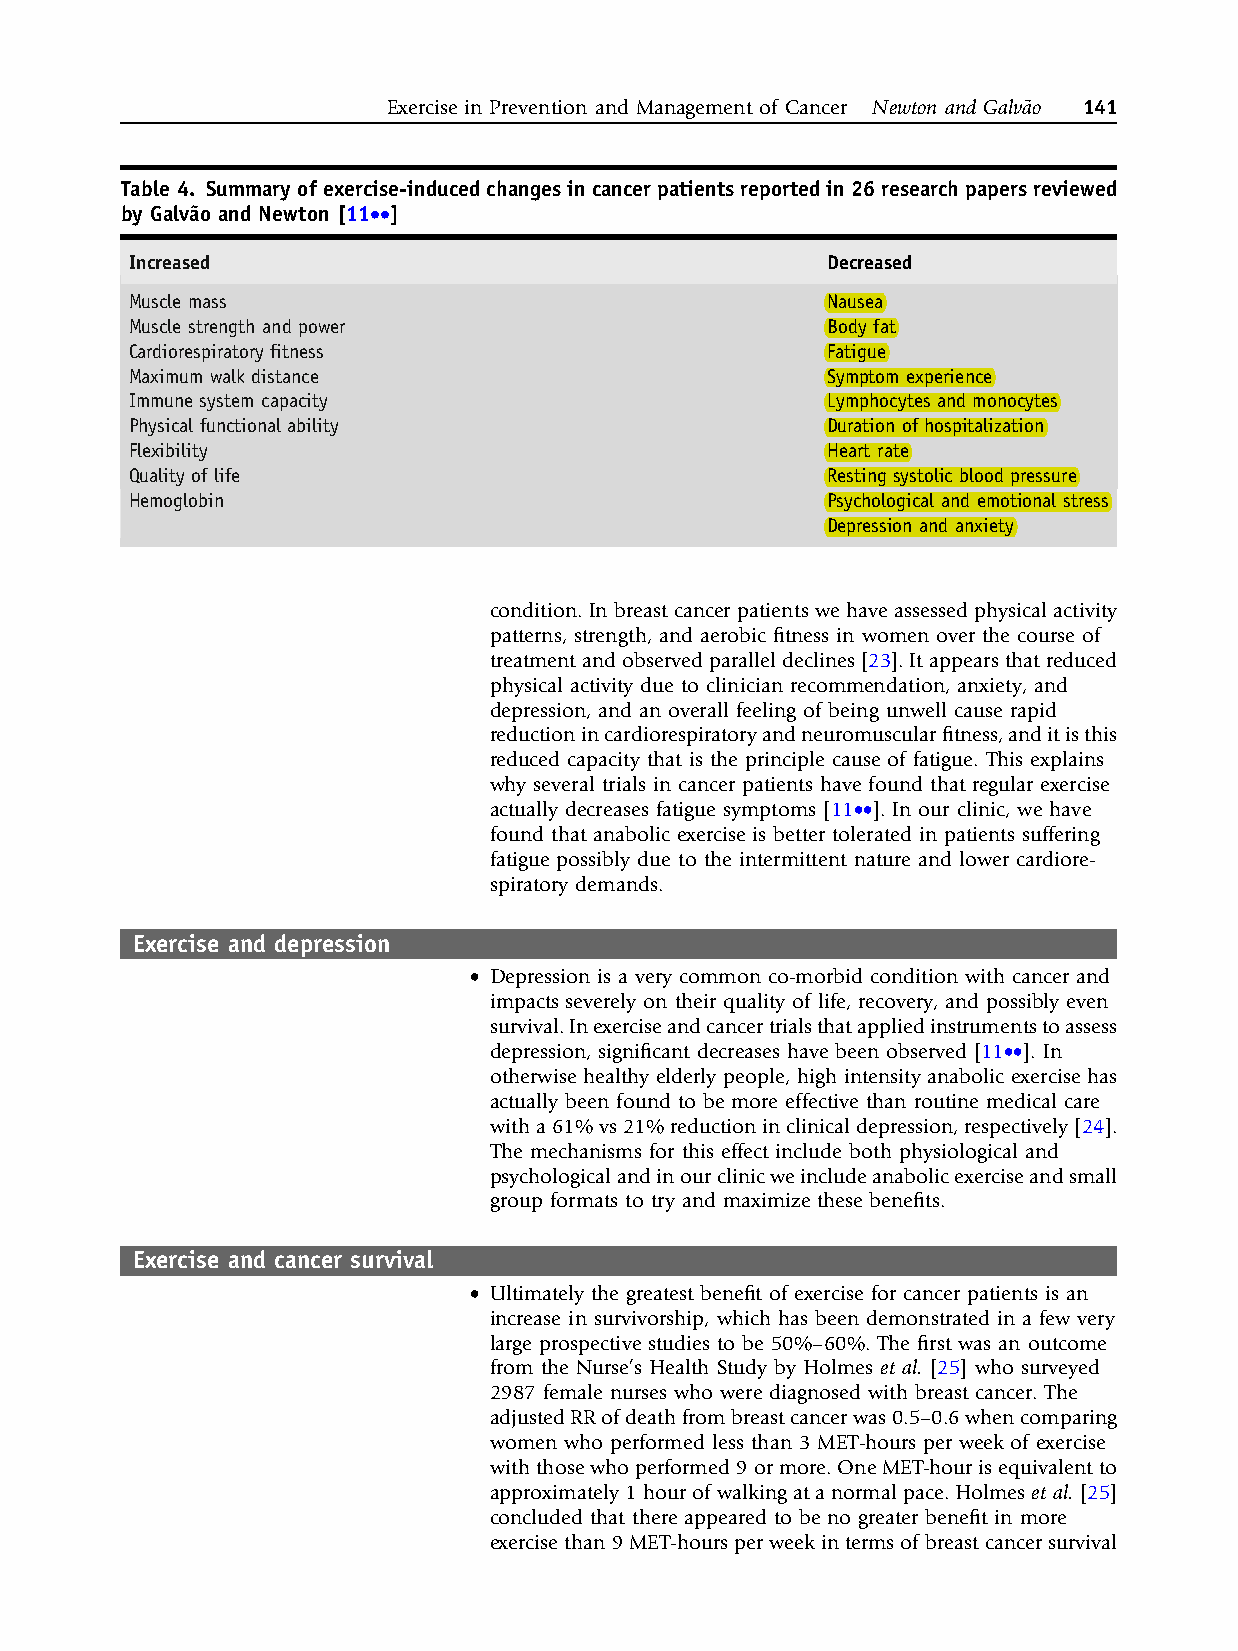
Exercise in Prevention and Management of Cancer Newton and Galva˜o 141
 Table 4. Summaryofexercise-inducedchangesincancerpatientsreportedin26researchpapersreviewed
 by Galva˜o and Newton [11••]
 Increased                                     Decreased
 Muscle mass                                   Nausea
 Muscle strength and power                     Body fat
 Cardiorespiratory fitness                     Fatigue
 Maximum walk distance                         Symptom experience
 Immune system capacity                        Lymphocytes and monocytes
 Physical functional ability                   Duration of hospitalization
 Flexibility                                   Heart rate
 Quality of life                               Resting systolic blood pressure
 Hemoglobin                                    Psychological and emotional stress
 Depression and anxiety
 condition. In breast cancer patients we have assessed physical activity
 patterns, strength, and aerobic fitness in women over the course of
 treatment and observed paralleldeclines[23].Itappearsthat reduced
 physical activity due to clinician recommendation, anxiety, and
 depression, and an overall feeling of being unwell cause rapid
 reductionincardiorespiratoryandneuromuscularfitness,anditisthis
 reduced capacity that is the principle cause of fatigue. This explains
 why several trials in cancer patients have found that regular exercise
 actually decreases fatigue symptoms [11••]. In our clinic, we have
 found that anabolic exercise is better tolerated in patients suffering
 fatigue possibly due to the intermittent nature and lower cardiore-
 spiratory demands.
 Exercise and depression
 • Depression is a very common co-morbid condition with cancer and
 impacts severely on their quality of life, recovery, and possibly even
 survival.Inexerciseandcancertrialsthatappliedinstrumentstoassess
 depression, significant decreases have been observed [11••]. In
 otherwise healthy elderly people, high intensity anabolic exercise has
 actually been found to be more effective than routine medical care
 witha61%vs21%reductioninclinicaldepression,respectively[24].
 The mechanisms for this effect include both physiological and
 psychologicalandinourclinicweincludeanabolicexerciseandsmall
 group formats to try and maximize these benefits.
 Exercise and cancer survival
 • Ultimately the greatest benefit of exercise for cancer patients is an
 increase in survivorship, which has been demonstrated in a few very
 large prospective studies to be 50%–60%. The first was an outcome
 from the Nurse’s Health Study by Holmes et al. [25] who surveyed
 2987 female nurses who were diagnosed with breast cancer. The
 adjustedRRofdeathfrombreastcancerwas0.5–0.6whencomparing
 women who performed less than 3 MET-hours per week of exercise
 withthosewhoperformed9ormore.OneMET-hourisequivalentto
 approximately1 hourofwalkingatanormalpace.Holmeset al.[25]
 concluded that there appeared to be no greater benefit in more
 exercisethan9MET-hours perweekintermsofbreast cancersurvival